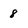
Character: 8